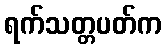
ရက်သတ္တပတ်က